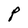
Character: P